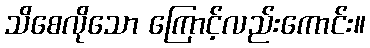
သိစေလိုသော ကြောင့်လည်းကောင်း။